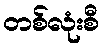
တစ်လုံးစီ